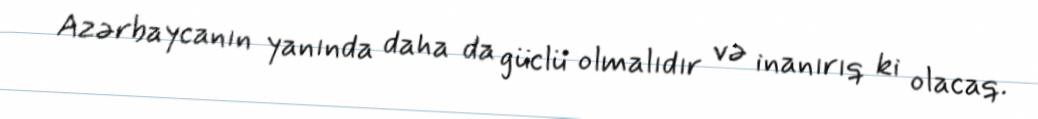
Azərbaycanın yanında daha da güclü olmalıdır və inanırıq ki olacaq.